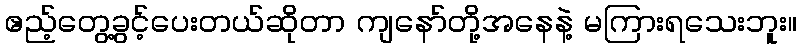
ဧည့်တွေ့ခွင့်ပေးတယ်ဆိုတာ ကျနော်တို့အနေနဲ့ မကြားရသေးဘူး။